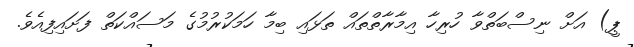
ޕީ) އަށް ނިސްބަތްވާ ހުރިހާ އިމާރާތްތައް ތަޅައި ބިމާ ހަމަކުރުމުގެ މަސައްކަތް ފަށައިފިއެވެ.